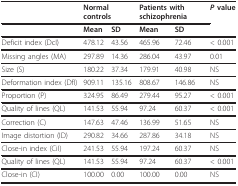
|  | <COLSPAN=2> Normal controls | <COLSPAN=2> Patients with schizophrenia | P value |
 |  | Mean | SD | Mean | SD |  |
 | --- | --- | --- | --- | --- | --- |
 | Deficit index (DcI) | 478.12 | 43.56 | 465.96 | 72.46 | < 0.001 |
 | Missing angles (MA) | 297.89 | 14.36 | 286.04 | 43.97 | 0.01 |
 | Size (S) | 180.22 | 37.34 | 179.91 | 40.98 | NS |
 | Deformation index (DfI) | 909.11 | 135.16 | 808.67 | 146.86 | NS |
 | Proportion (P) | 324.95 | 86.49 | 279.44 | 95.27 | < 0.001 |
 | Quality of lines (QL) | 141.53 | 55.94 | 97.24 | 60.37 | < 0.001 |
 | Correction (C) | 147.63 | 47.46 | 136.99 | 51.65 | NS |
 | Image distortion (ID) | 290.82 | 34.66 | 287.86 | 34.18 | NS |
 | Close-in index (CiI) | 241.53 | 55.94 | 197.24 | 60.37 | NS |
 | Quality of lines (QL) | 141.53 | 55.94 | 97.24 | 60.37 | < 0.001 |
 | Close-in (CI) | 100.00 | 0.00 | 100.00 | 0.00 | NS |